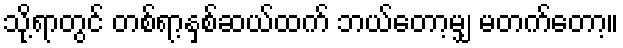
သို့ရာတွင် တစ်ရာ့နှစ်ဆယ်ထက် ဘယ်တော့မျှ မတက်တော့။